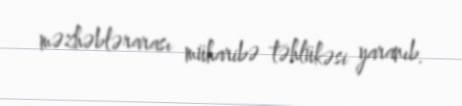
məzhəblərarası müharibə təhlükəsi yaranıb.